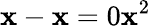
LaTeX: \mathbf{x}-\mathbf{x}=0\mathbf{x}^{2}